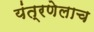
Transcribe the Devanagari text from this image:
यंत्रणेलाच